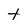
Character: t